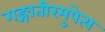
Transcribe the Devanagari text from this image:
गङ्गातीरमुपेत्य